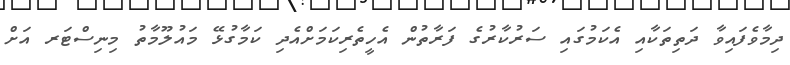
ދިމާވެފައިވާ ދަތިތަކާއި އެކަމުގައި ސަރުކާރުގެ ފަރާތުން އެހީތެރިކަމަށްއެދި ކަމާގުޅޭ މައުލޫމާތު މިނިސްޓަރ އަށް